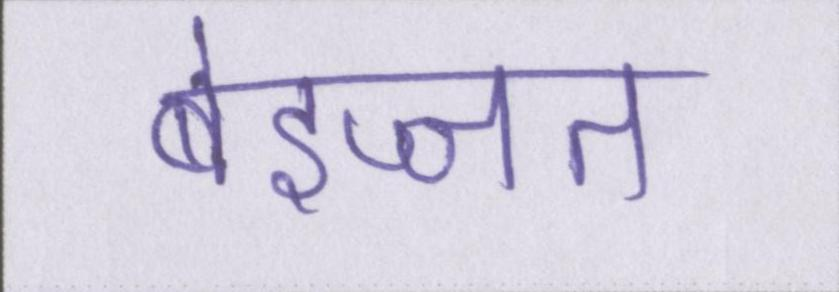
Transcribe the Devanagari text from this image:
बेइज्जत